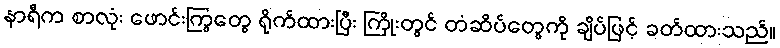
နာရီက စာလုံး ဖောင်းကြွတွေ ရိုက်ထားပြီး ကြိုးတွင် တံဆိပ်တွေကို ချိပ်ဖြင့် ခတ်ထားသည်။